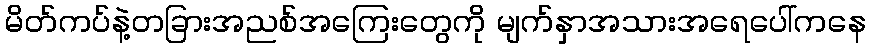
မိတ်ကပ်နဲ့တခြားအညစ်အကြေးတွေကို မျက်နှာအသားအရေပေါ်ကနေ